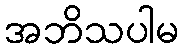
အဘိသပါမ